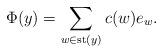
LaTeX: \begin{align*}\Phi(y)=\sum_{w\in\operatorname*{st}(y)}c(w)e_{w}. \end{align*}